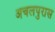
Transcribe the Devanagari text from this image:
अचलपुरास